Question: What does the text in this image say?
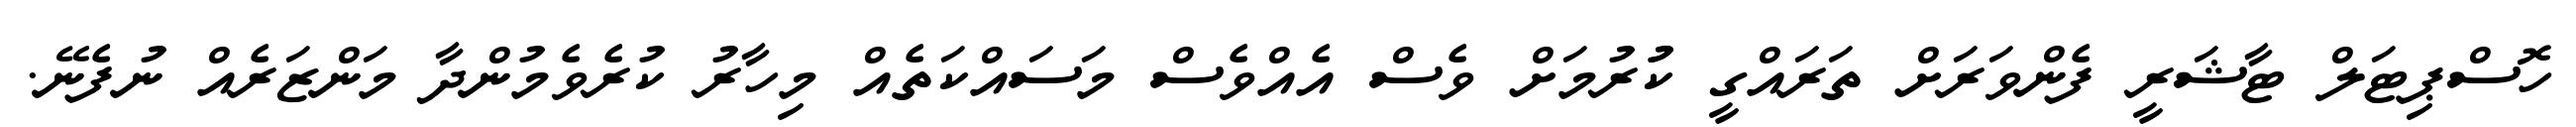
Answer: ހޮސްޕިޓަލް ޓާޝަރީ ފެންވަރަށް ތަރައްގީ ކުުރުމަށް ވެސް އެއްވެސް މަސައްކަތެއް މިހާރު ކުރެވެމުންދާ މަންޒަރެއް ނުފެނޭ.